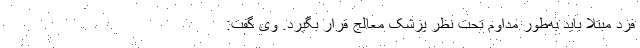
فرد مبتلا باید به‌طور مداوم تحت نظر پزشک معالج قرار بگیرد. وی گفت: